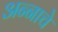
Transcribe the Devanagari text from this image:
अन्‍नाचे